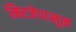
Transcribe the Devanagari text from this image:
मिरजेपासून